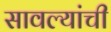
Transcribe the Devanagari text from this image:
सावल्यांची